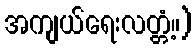
အကျယ်ရေးလတ္တံ့။)